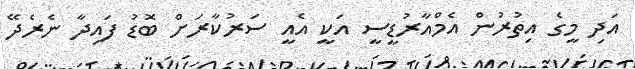
އަދި މީގެ އިތުރުން އެމްއާރުޑީސީ އަކީ އެއީ ސަރުކާރަށް ބޮޑު ފައިދާ ނެރެދޭ